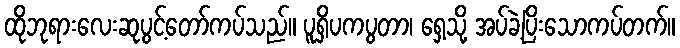
ထိုဘုရားလေးဆုပွင့်တော်ကပ်သည်။ ပူရှိပကပွတာ၊ ရှေ့သို့ အပ်ခဲ့ပြိးသောကပ်တက်။